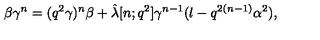
\beta \gamma ^ { n } = ( q ^ { 2 } \gamma ) ^ { n } \beta + \hat { \lambda } [ n ; q ^ { 2 } ] \gamma ^ { n - 1 } ( l - q ^ { 2 ( n - 1 ) } \alpha ^ { 2 } ) ,